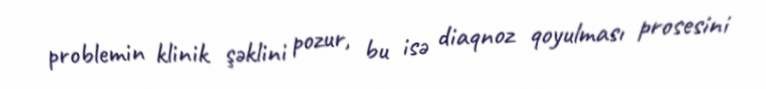
problemin klinik şəklini pozur, bu isə diaqnoz qoyulması prosesini